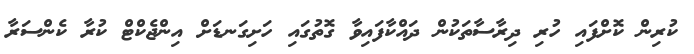
ކުރިން ކޮށްފައި ހުރި ދިރާސާތަކުން ދައްކާފައިވާ ގޮތުގައި ހަށިގަނޑަށް އިންޖެކްޓް ކުރާ ކެންސަރާ